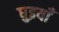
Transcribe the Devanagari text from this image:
घुइयाँ